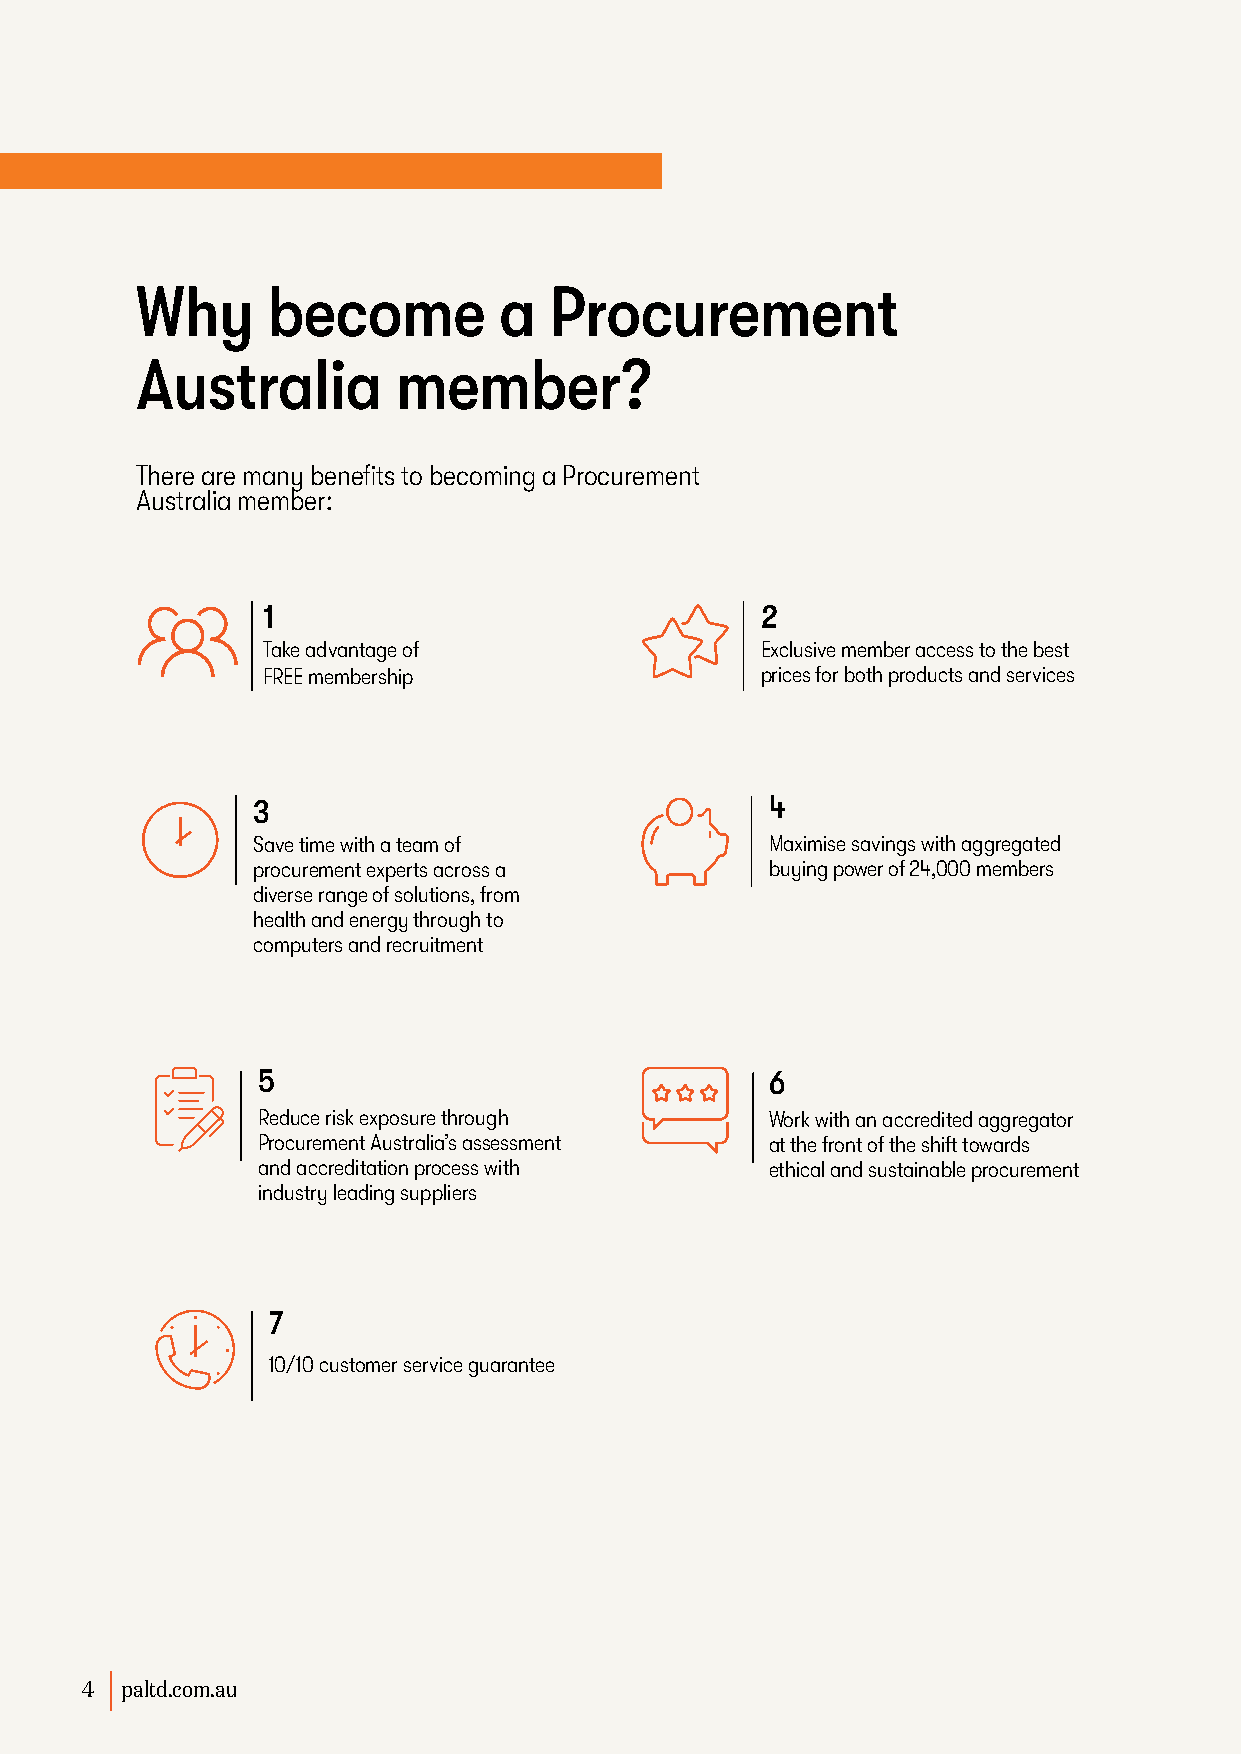
Why      become         a  Procurement
 Australia        member?
 There are many benefits to becoming a Procurement
 Australia member:
 1                                2
 Take advantage of                Exclusive member access to the best
 FREE membership                  prices for both products and services
 3                                 4
 Save time with a team of          Maximise savings with aggregated
 procurement experts across a      buying power of 24,000 members
 diverse range of solutions, from
 health and energy through to
 computers and recruitment
 5                                 6
 Reduce risk exposure through      Work with an accredited aggregator
 Procurement Australia’s assessment at the front of the shift towards
 and accreditation process with    ethical and sustainable procurement
 industry leading suppliers
 7
 10/10 customer service guarantee
 44 ppaallttdd..ccoomm..aauu